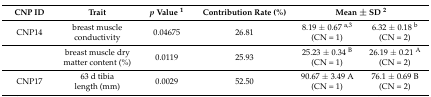
<table><thead><tr><td><b>CNP ID</b></td><td><b>Trait</b></td><td><b><i>p</i> Value <sup>1</sup></b></td><td><b>Contribution Rate (%)</b></td><td colspan="2"><b>Mean ± SD <sup>2</sup></b></td></tr></thead><tbody><tr><td>CNP14</td><td>breast muscle conductivity</td><td>0.04675</td><td>26.81</td><td>8.19 ± 0.67 <sup>a,3</sup> (CN = 1)</td><td>6.32 ± 0.18 <sup>b</sup> (CN = 2)</td></tr><tr><td></td><td>breast muscle dry matter content (%)</td><td>0.0119</td><td>25.93</td><td>25.23 ± 0.34 <sup>B</sup> (CN = 1)</td><td>26.19 ± 0.21 <sup>A</sup> (CN = 2)</td></tr><tr><td>CNP17</td><td>63 d tibia length (mm)</td><td>0.0029</td><td>52.50</td><td>90.67 ± 3.49 A (CN = 1)</td><td>76.1 ± 0.69 B (CN = 2)</td></tr></tbody></table>